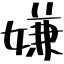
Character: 嫌